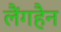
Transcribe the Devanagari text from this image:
लैंगहैन